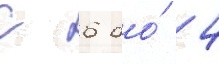
с 6 до́ 4